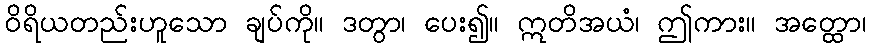
ဝိရိယတည်းဟူသော ချပ်ကို။ ဒတွာ၊ ပေး၍။ ဣတိအယံ၊ ဤကား။ အတ္ထော၊